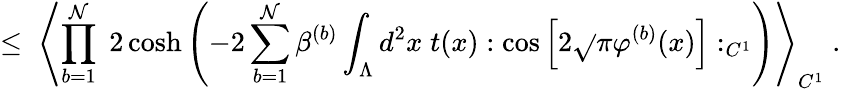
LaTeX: \leq\; \left\langle\prod_{b=1}^{\mathcal{N}}\; 2\cosh\left(-2\sum_{b=1}^{\mathcal{N}}\beta^{(b)}\int_{\Lambda}d^{2}x\; t(x):\cos\Big[2\sqrt{}{{\pi}}\varphi^{(b)}(x)\Big]:_{C^{1}}\right)\right\rangle_{C^{1}}\; .